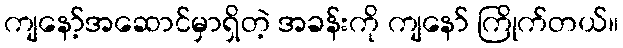
ကျနော့်အဆောင်မှာရှိတဲ့ အခန်းကို ကျနော် ကြိုက်တယ်။